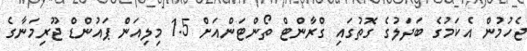
ޖެހުމުން އެކަމުގެ ބަދަލުގެ ގޮތުގައި ގްރާންޓް ތޯންޓަންއަށް 1.5 މިލިއަން ޕައުންޑް ޖޫރިމަނާގެ